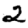
Digit: 2